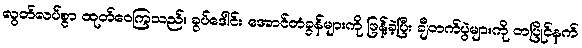
လွတ်လပ်စွာ ထုတ်ဝေကြသည်။ ခွပ်ဒေါင်း အောင်တံခွန်များကို ဖြန့်ခဲ့ပြီး ချီတက်ပွဲများကို တပြိုင်နက်